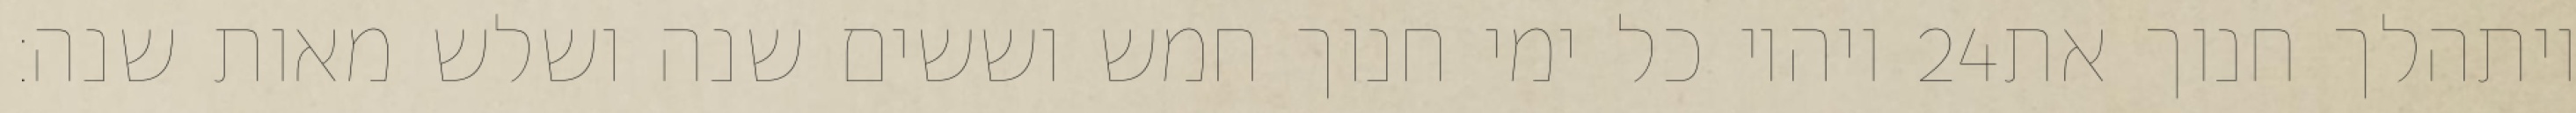
ויהיו כל ימי חנוך חמש וששים שנה ושלש מאות שנה׃ ‎24‏ ויתהלך חנוך את